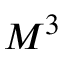
M ^ { 3 }